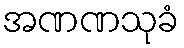
အဏဏသုခံ